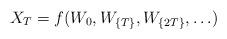
LaTeX: \begin{align*}X_T = f(W_{0}, W_{\{T\}}, W_{\{2T\}}, \ldots) \end{align*}